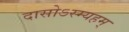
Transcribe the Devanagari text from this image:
दासोऽस्म्यहम्